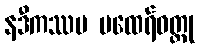
နဒီကဿပ မထေရ်ဝတ္ထု